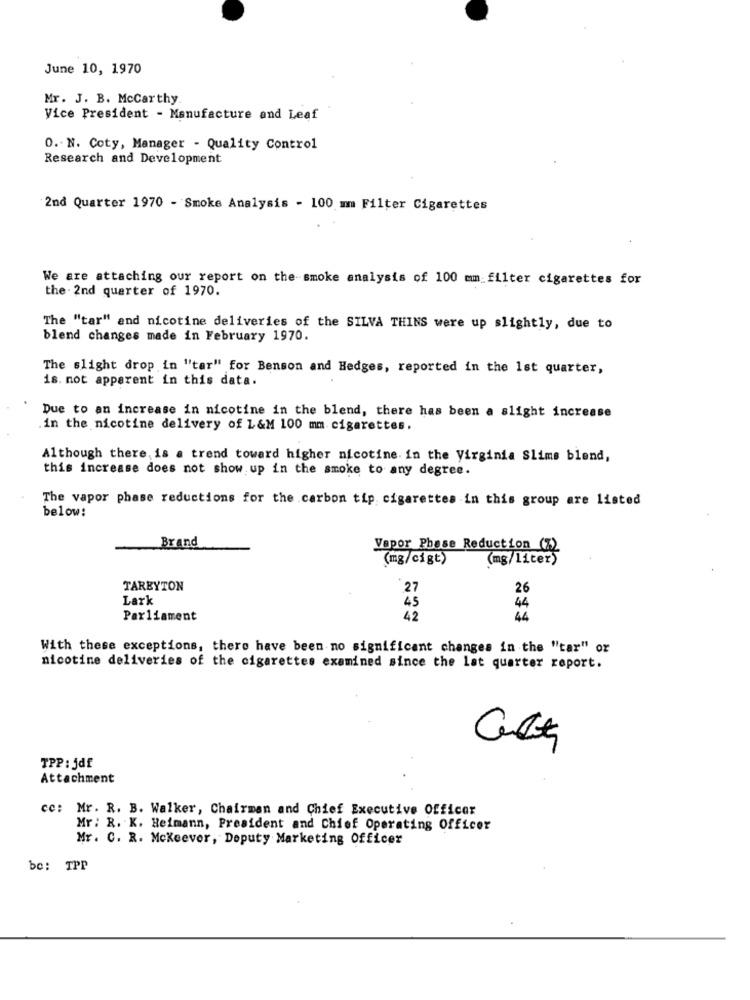
June 10, 1970
Mr. J. B. McCarthy
Vice President - Manufacture and Leaf
O. N. Coty, Manager - Quality Control
Research and Development
2nd Quarter 1970 - Smoke Analysis - 100 mm Filter Cigarettes
We are attaching our report on the smoke analysis of 100 cm filter cigarettes for
the . 2nd quarter of 1970.
The "tar" and nicotine deliveries of the SILVA THINS were up slightly, due to
blend changes made in February 1970.
The slight drop in "tar" for Benson and Hedges, reported in the 1st quarter,
is. not apparent in this data.
Due to an increase in nicotine in the blend, there has been a slight increase
.in the nicotine delivery of L&M 100 mm cigarettes.
Although there, is a trend toward higher nicotine. in the Virginia Slims blend,
this increase does not show up in the smoke to any degree.
The vapor phase reductions for the carbon tip cigarettes in this group are listed
below:
Brand
Vapor Phase Reduction (%)
(mg/cigt)
(mg/liter)
TAREYTON
27
26
Lark
45
44
Parliament
42
44
With these exceptions, there have been no significant changes in the "tar" or
nicotine deliveries of the cigarettes examined since the lat quarter report.
TPP : jdf
Attachment
cc: Mr. R. B. Walker, Chairman and Chief Executive Officer
Mr : R. K. Heimann, President and Chief Operating Officer
Mr. C. R. Mckeever, Deputy Marketing Officer
be: TPP